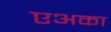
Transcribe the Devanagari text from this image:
एअका